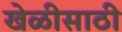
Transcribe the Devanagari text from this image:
खेळीसाठी